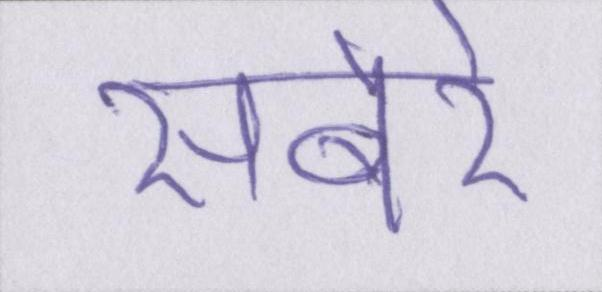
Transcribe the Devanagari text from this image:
सबेरे